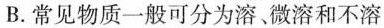
B.常见物质一般可分为溶、微溶和不溶